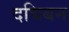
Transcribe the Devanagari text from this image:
दघिबन